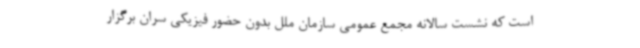
است که نشست سالانه مجمع عمومی سازمان ملل بدون حضور فیزیکی سران برگزار